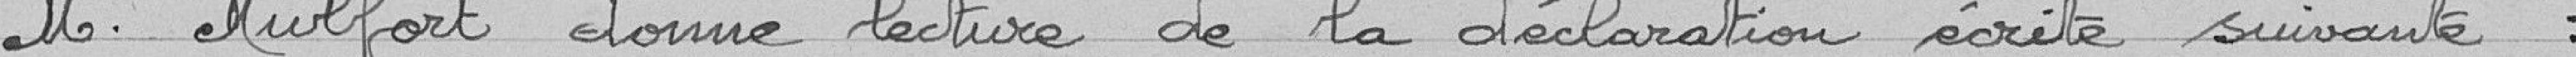
M. Mulfort donne lecture de la déclaration écrite suivante :